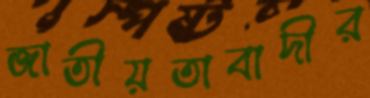
জাতীয়তাবাদীর